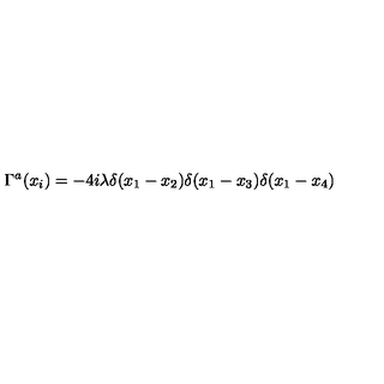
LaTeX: \Gamma ^ { a } ( x _ { i } ) = - 4 i \lambda \delta ( x _ { 1 } - x _ { 2 } ) \delta ( x _ { 1 } - x _ { 3 } ) \delta ( x _ { 1 } - x _ { 4 } )